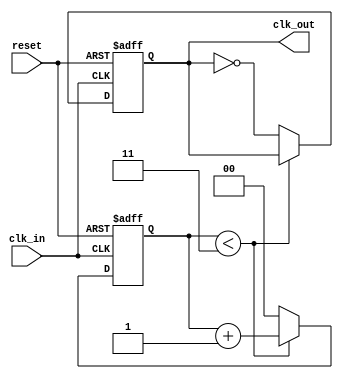
module clock_divider #(
    parameter div_factor = 4  // Division factor (must be a positive integer)
)(
    input wire clk_in,         // Input clock signal
    input wire reset,          // Active high asynchronous reset
    output reg clk_out         // Output divided clock signal
);

    // Internal counter
    reg [$clog2(div_factor)-1:0] count; // Counter to track clock cycles

    // Always block for clock division
    always @(posedge clk_in or posedge reset) begin
        if (reset) begin
            count <= 0;          // Reset counter
            clk_out <= 0;       // Initialize output clock to low
        end else begin
            if (count < div_factor - 1) begin
                count <= count + 1; // Increment counter
            end else begin
                count <= 0;          // Reset counter
                clk_out <= ~clk_out; // Toggle output clock
            end
        end
    end

endmodule